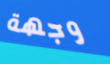
وجهة